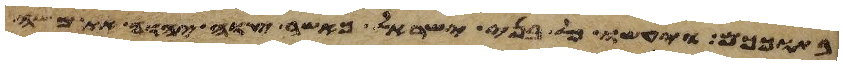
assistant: בתוככם ויעשו כל בני ישראל כאשר צוה יהוה את משה